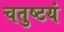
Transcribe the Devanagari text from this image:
चतुष्टयं